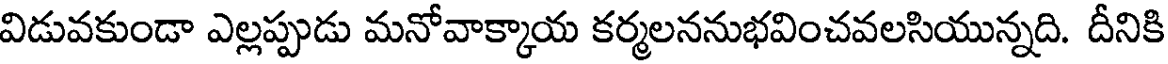
విడువకుండా ఎల్లప్పుడు మనోవాక్కాయ కర్మలననుభవించవలసియున్నది. దీనికి